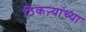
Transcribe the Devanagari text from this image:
ठिकऱ्यांच्या